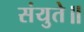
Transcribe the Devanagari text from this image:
संयुते॥